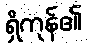
ရှိကုန်၏